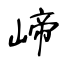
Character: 崹